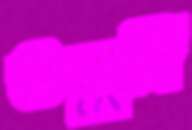
তক্ষুনি